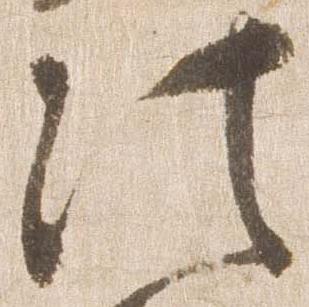
法